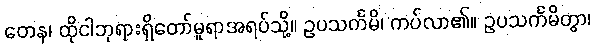
တေန၊ ထိုငါဘုရားရှိတော်မူရာအရပ်သို့။ ဥပသင်္ကမိ၊ ကပ်လာ၏။ ဥပသင်္ကမိတွာ၊